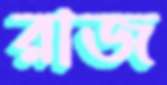
রাজ